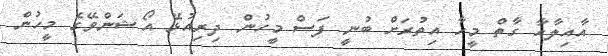
އާއިލާއާ ގާތް މީހާ އިތުރަށް ބުނީ ފަސް މީހުން ދިރިއުޅޭ އޯޝަންވޭގެ މީހުން